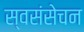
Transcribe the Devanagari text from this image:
स्वसंसेचन